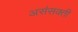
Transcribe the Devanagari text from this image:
असंसक्ती